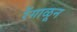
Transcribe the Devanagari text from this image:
रेंगाळून